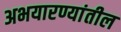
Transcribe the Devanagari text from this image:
अभयारण्यांतील